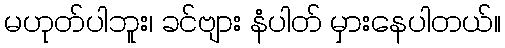
မဟုတ်ပါဘူး၊ ခင်ဗျား နံပါတ် မှားနေပါတယ်။